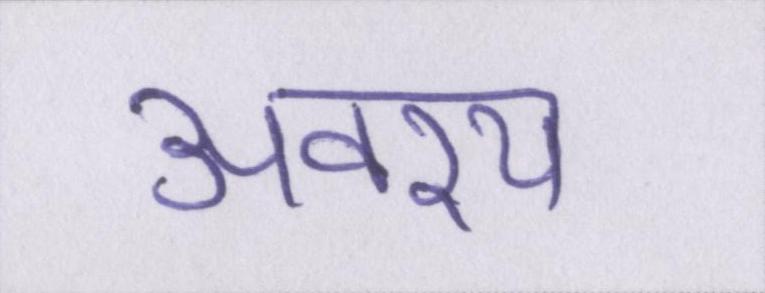
अवश्य